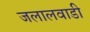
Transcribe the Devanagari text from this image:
जलालवाडी